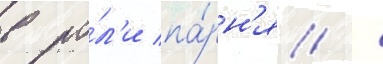
в ро́л'и па́рн'я /